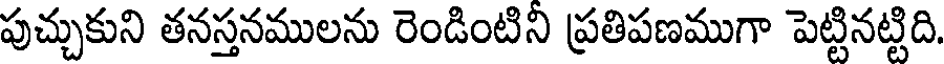
పుచ్చుకుని తనస్తనములను రెండింటిని ప్రతిపణముగా పెట్టినట్టిది.